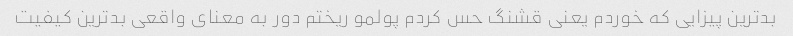
بد‌ترین پیزایی که خوردم یعنی قشنگ حس کردم پولمو ریختم دور به معنای واقعی بدترین کیفیت